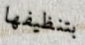
بتنظيفها